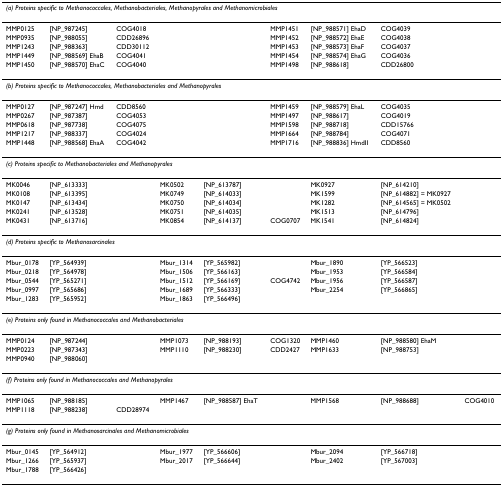
<table><thead><tr><td colspan="9"><b><i>(a) Proteins specific to Methanococcales, Methanobacteriales, Methanopyrales and Methanomicrobiales</i></b></td></tr></thead><tbody><tr><td>MMP0125</td><td>[NP_987245]</td><td>COG4018</td><td></td><td></td><td>MMP1451</td><td>[NP_988571] EhaD</td><td>COG4039</td><td></td></tr><tr><td>MMP0935</td><td>[NP_988055]</td><td>CDD26896</td><td></td><td></td><td>MMP1452</td><td>[NP_988572] EhaE</td><td>COG4038</td><td></td></tr><tr><td>MMP1243</td><td>[NP_988363]</td><td>CDD30112</td><td></td><td></td><td>MMP1453</td><td>[NP_988573] EhaF</td><td>COG4037</td><td></td></tr><tr><td>MMP1449</td><td>[NP_988569] EhaB</td><td>COG4041</td><td></td><td></td><td>MMP1454</td><td>[NP_988574] EhaG</td><td>COG4036</td><td></td></tr><tr><td>MMP1450</td><td>[NP_988570] EhaC</td><td>COG4040</td><td></td><td></td><td>MMP1498</td><td>[NP_988618]</td><td>CDD26800</td><td></td></tr><tr><td colspan="9"><i>(b) Proteins specific to Methanococcales, Methanobacteriales and Methanopyrales</i></td></tr><tr><td>MMP0127</td><td>[NP_987247] Hmd</td><td>CDD8560</td><td></td><td></td><td>MMP1459</td><td>[NP_988579] EhaL</td><td>COG4035</td><td></td></tr><tr><td>MMP0267</td><td>[NP_987387]</td><td>COG4053</td><td></td><td></td><td>MMP1497</td><td>[NP_988617]</td><td>COG4019</td><td></td></tr><tr><td>MMP0618</td><td>[NP_987738]</td><td>COG4075</td><td></td><td></td><td>MMP1598</td><td>[NP_988718]</td><td>CDD15766</td><td></td></tr><tr><td>MMP1217</td><td>[NP_988337]</td><td>COG4024</td><td></td><td></td><td>MMP1664</td><td>[NP_988784]</td><td>COG4071</td><td></td></tr><tr><td>MMP1448</td><td>[NP_988568] EhaA</td><td>COG4042</td><td></td><td></td><td>MMP1716</td><td>[NP_988836] HmdII</td><td>CDD8560</td><td></td></tr><tr><td colspan="9"><i>(c) Proteins specific to Methanobacteriales and Methanopyrales</i></td></tr><tr><td>MK0046</td><td>[NP_613333]</td><td></td><td>MK0502</td><td>[NP_613787]</td><td></td><td>MK0927</td><td>[NP_614210]</td><td></td></tr><tr><td>MK0108</td><td>[NP_613395]</td><td></td><td>MK0749</td><td>[NP_614033]</td><td></td><td>MK1599</td><td>[NP_614882] = MK0927</td><td></td></tr><tr><td>MK0147</td><td>[NP_613434]</td><td></td><td>MK0750</td><td>[NP_614034]</td><td></td><td>MK1282</td><td>[NP_614565] = MK0502</td><td></td></tr><tr><td>MK0241</td><td>[NP_613528]</td><td></td><td>MK0751</td><td>[NP_614035]</td><td></td><td>MK1513</td><td>[NP_614796]</td><td></td></tr><tr><td>MK0431</td><td>[NP_613716]</td><td></td><td>MK0854</td><td>[NP_614137]</td><td>COG0707</td><td>MK1541</td><td>[NP_614824]</td><td></td></tr><tr><td colspan="9"><i>(d) Proteins specific to Methanosarcinales</i></td></tr><tr><td>Mbur_0178</td><td>[YP_564939]</td><td></td><td>Mbur_1314</td><td>[YP_565982]</td><td></td><td>Mbur_1890</td><td>[YP_566523]</td><td></td></tr><tr><td>Mbur_0218</td><td>[YP_564978]</td><td></td><td>Mbur_1506</td><td>[YP_566163]</td><td></td><td>Mbur_1953</td><td>[YP_566584]</td><td></td></tr><tr><td>Mbur_0544</td><td>[YP_565271]</td><td></td><td>Mbur_1512</td><td>[YP_566169]</td><td>COG4742</td><td>Mbur_1956</td><td>[YP_566587]</td><td></td></tr><tr><td>Mbur_0997</td><td>[YP_565686]</td><td></td><td>Mbur_1689</td><td>[YP_566333]</td><td></td><td>Mbur_2254</td><td>[YP_566865]</td><td></td></tr><tr><td>Mbur_1283</td><td>[YP_565952]</td><td></td><td>Mbur_1863</td><td>[YP_566496]</td><td></td><td></td><td></td><td></td></tr><tr><td colspan="9"><i>(e) Proteins only found in Methanococcales and Methanobacteriales</i></td></tr><tr><td>MMP0124</td><td>[NP_987244]</td><td></td><td>MMP1073</td><td>[NP_988193]</td><td>COG1320</td><td>MMP1460</td><td>[NP_988580] EhaM</td><td></td></tr><tr><td>MMP0223</td><td>[NP_987343]</td><td></td><td>MMP1110</td><td>[NP_988230]</td><td>CDD2427</td><td>MMP1633</td><td>[NP_988753]</td><td></td></tr><tr><td>MMP0940</td><td>[NP_988060]</td><td></td><td></td><td></td><td></td><td></td><td></td><td></td></tr><tr><td colspan="9"><i>(f) Proteins only found in Methanococcales and Methanopyrales</i></td></tr><tr><td>MMP1065</td><td>[NP_988185]</td><td></td><td>MMP1467</td><td>[NP_988587] EhaT</td><td></td><td>MMP1568</td><td>[NP_988688]</td><td>COG4010</td></tr><tr><td>MMP1118</td><td>[NP_988238]</td><td>CDD28974</td><td></td><td></td><td></td><td></td><td></td><td></td></tr><tr><td colspan="9"><i>(g) Proteins only found in Methanosarcinales and Methanomicrobiales</i></td></tr><tr><td>Mbur_0145</td><td>[YP_564912]</td><td></td><td>Mbur_1977</td><td>[YP_566606]</td><td></td><td>Mbur_2094</td><td>[YP_566718]</td><td></td></tr><tr><td>Mbur_1266</td><td>[YP_565937]</td><td></td><td>Mbur_2017</td><td>[YP_566644]</td><td></td><td>Mbur_2402</td><td>[YP_567003]</td><td></td></tr><tr><td>Mbur_1788</td><td>[YP_566426]</td><td></td><td></td><td></td><td></td><td></td><td></td><td></td></tr></tbody></table>